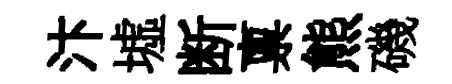
汴墟断禀熊磯